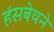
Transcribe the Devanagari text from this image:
हंसबेथने